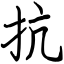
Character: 抗